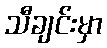
သီချင်းမှာ